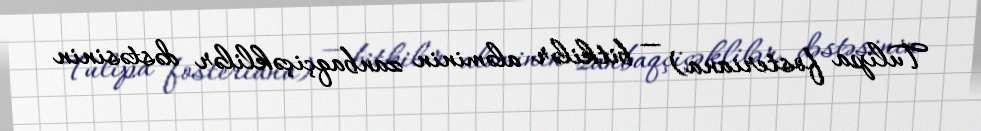
Tulipa fosteriana) — bitkilər aləminin zanbaqçiçəklilər dəstəsinin